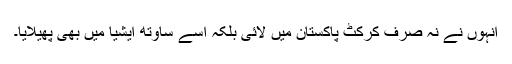
انہوں نے نہ صرف کرکٹ پاکستان میں لائی بلکہ اسے ساوتھ ایشیا میں بھی پھیلایا۔